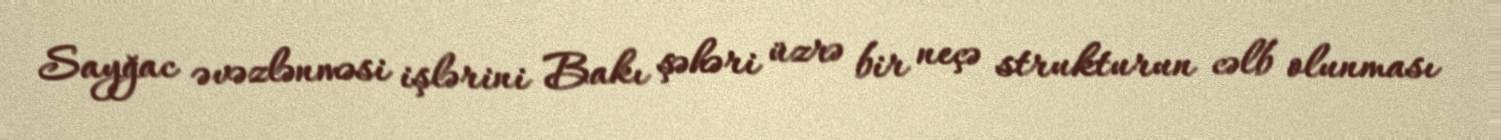
Sayğac əvəzlənməsi işlərini Bakı şəhəri üzrə bir neçə strukturun cəlb olunması